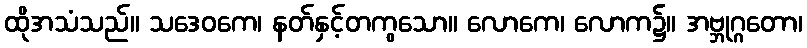
ထိုအသံသည်။ သဒေဝကေ၊ နတ်နှင့်တကွသော။ လောကေ၊ လောက၌။ အဗ္ဘုဂ္ဂတော၊